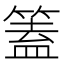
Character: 篕